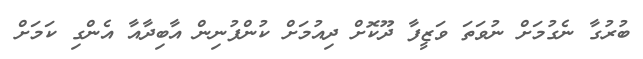
ބުރުގާ ނެގުމަށް ނުވަތަ ވަޒީފާ ދޫކޮށް ދިއުމަށް ކުންފުނިން އާބިދާއާ އެންގި ކަމަށް